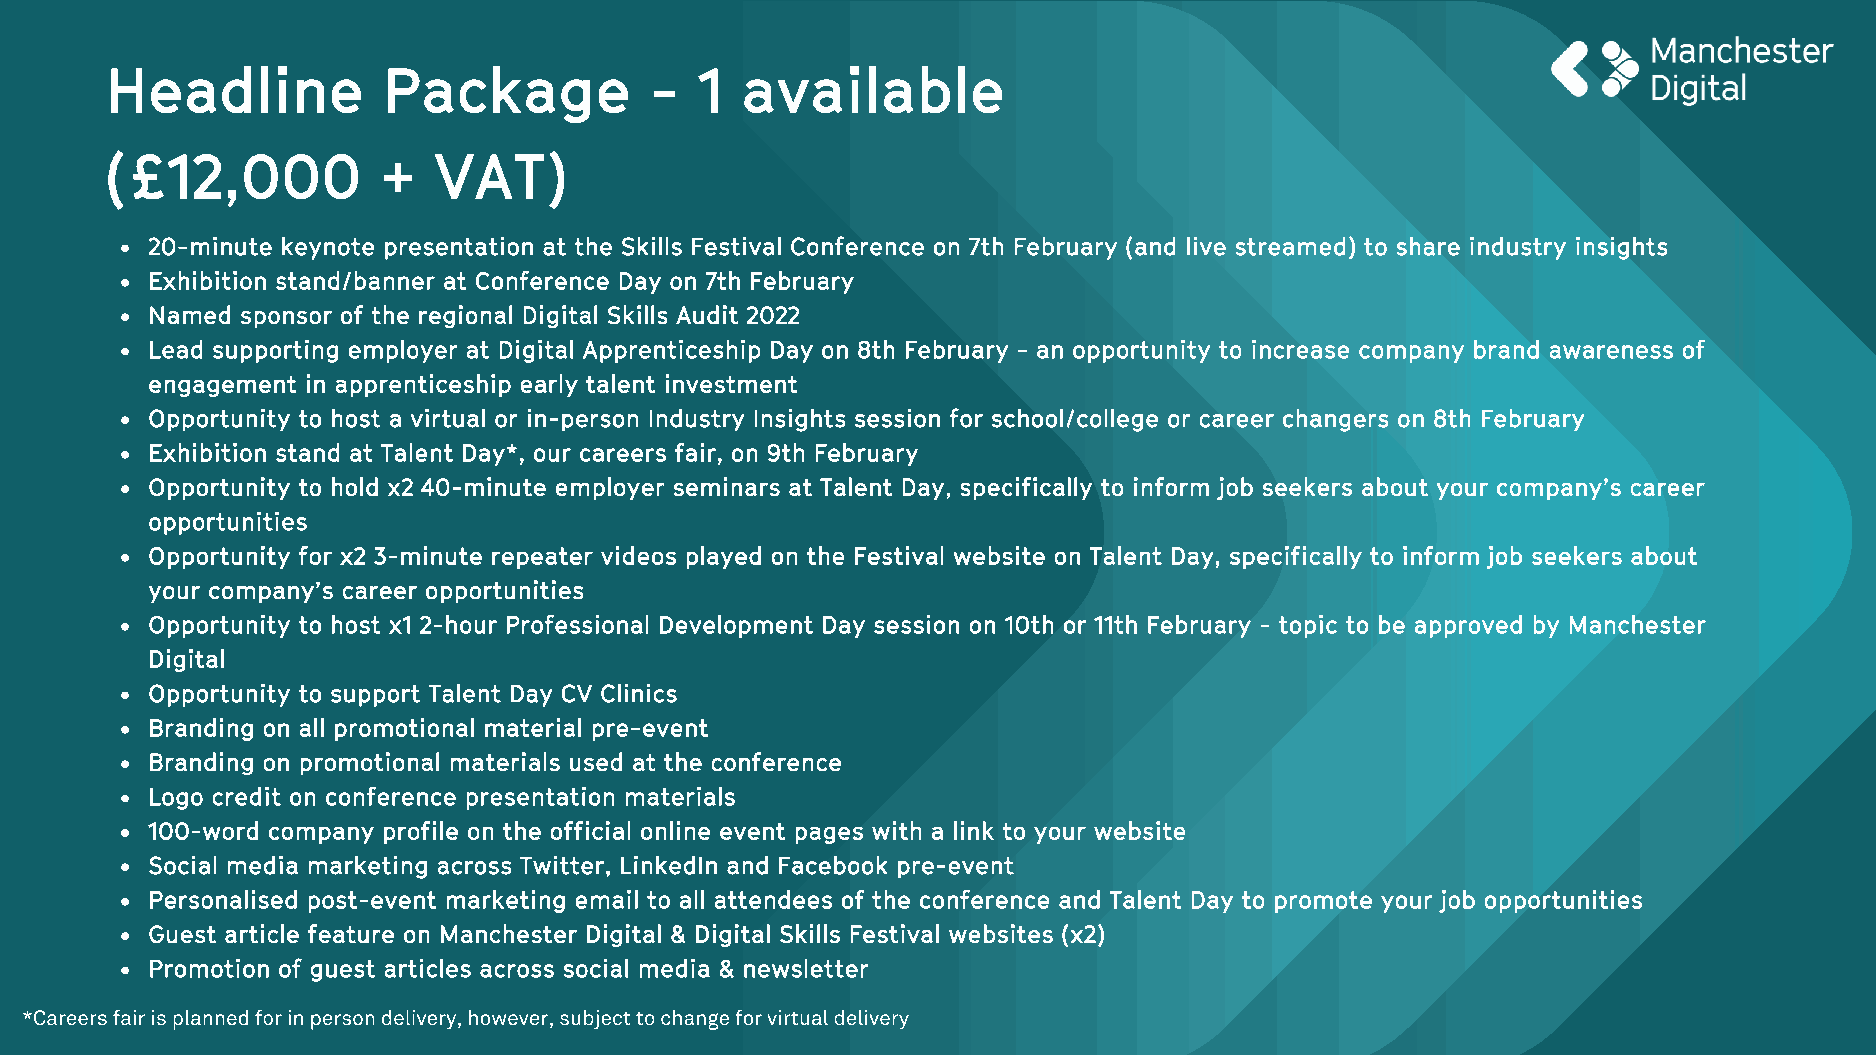
Headline          Package           -  1  available
 (£12,000          +   VAT)
 20-minute keynote presentation at the Skills Festival Conference on 7th February (and live streamed) to share industry insights
 Exhibition stand/banner at Conference Day on 7th February
 Named sponsor of the regional Digital Skills Audit 2022
 Lead supporting employer at Digital Apprenticeship Day on 8th February - an opportunity to increase company brand awareness of
 engagement in apprenticeship early talent investment
 Opportunity to host a virtual or in-person Industry Insights session for school/college or career changers on 8th February
 Exhibition stand at Talent Day*, our careers fair, on 9th February
 Opportunity to hold x2 40-minute employer seminars at Talent Day, specifically to inform job seekers about your company’s career
 opportunities
 Opportunity for x2 3-minute repeater videos played on the Festival website on Talent Day, specifically to inform job seekers about
 your company’s career opportunities
 Opportunity to host x1 2-hour Professional Development Day session on 10th or 11th February - topic to be approved by Manchester
 Digital
 Opportunity to support Talent Day CV Clinics
 Branding on all promotional material pre-event
 Branding on promotional materials used at the conference
 Logo credit on conference presentation materials
 100-word company profile on the official online event pages with a link to your website
 Social media marketing across Twitter, LinkedIn and Facebook pre-event
 Personalised post-event marketing email to all attendees of the conference and Talent Day to promote your job opportunities
 Guest article feature on Manchester Digital & Digital Skills Festival websites (x2)
 Promotion of guest articles across social media & newsletter
 *Careers fair is planned for in person delivery, however, subject to change for virtual delivery